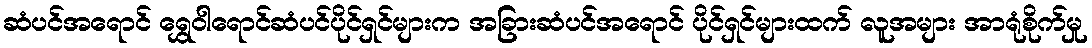
ဆံပင်အရောင် ရွှေဝါရောင်ဆံပင်ပိုင်ရှင်များက အခြားဆံပင်အရောင် ပိုင်ရှင်များထက် လူအများ အာရုံစိုက်မှု